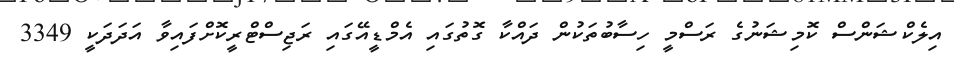
އިލެކްޝަންސް ކޮމިޝަނުގެ ރަސްމީ ހިސާބުތަކުން ދައްކާ ގޮތުގައި އެމްޑީއޭގައި ރަޖިސްޓްރީކޮށްފައިވާ އަދަދަކީ 3349